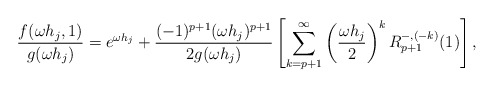
\begin{align*}\frac{f(\omega h_j,1)}{g(\omega h_j)} = e^{\omega h_j} + \frac{(-1)^{p+1} (\omega h_j)^{p+1}}{2g(\omega h_j)} \left[\sum_{k=p+1}^\infty \left(\frac{\omega h_j}{2}\right)^k R^{-,(-k)}_{p+1}(1) \right],\end{align*}